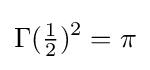
\Gamma ({\tfrac {1}{2}})^{2}=\pi